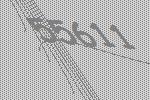
55611